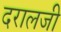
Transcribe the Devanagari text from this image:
दरालजी